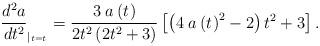
LaTeX: \begin{align*} \frac{d^{2}a}{dt^{2}}_{|_{t=t_{}}}=\frac{3\; a\left(t_{}\right)}{2t_{}^{2}\left(2t_{}^{2}+3\right)}\left[\left(4\; a\left(t_{}\right)^{2}-2\right)t_{}^{2}+3\right].\end{align*}